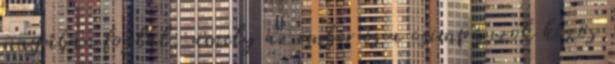
magában foglal, amely az ember és a csimpánzok közös